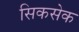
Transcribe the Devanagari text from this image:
सिकसेक